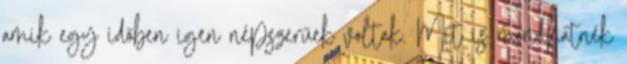
amik egy időben igen népszerűek voltak. Mit is mondhatnék